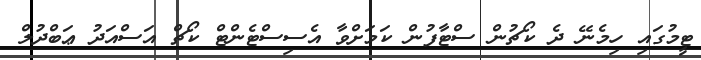
ޓީމުގައި ހިމެނޭ ދެ ކޯޗުން ސްޓާފުން ކަމަށްވާ އެސިސްޓެންޓް ކޯޗް އަސްއަދު ޢަބްދުލް